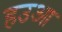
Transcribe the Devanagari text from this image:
हउआ